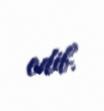
edib.